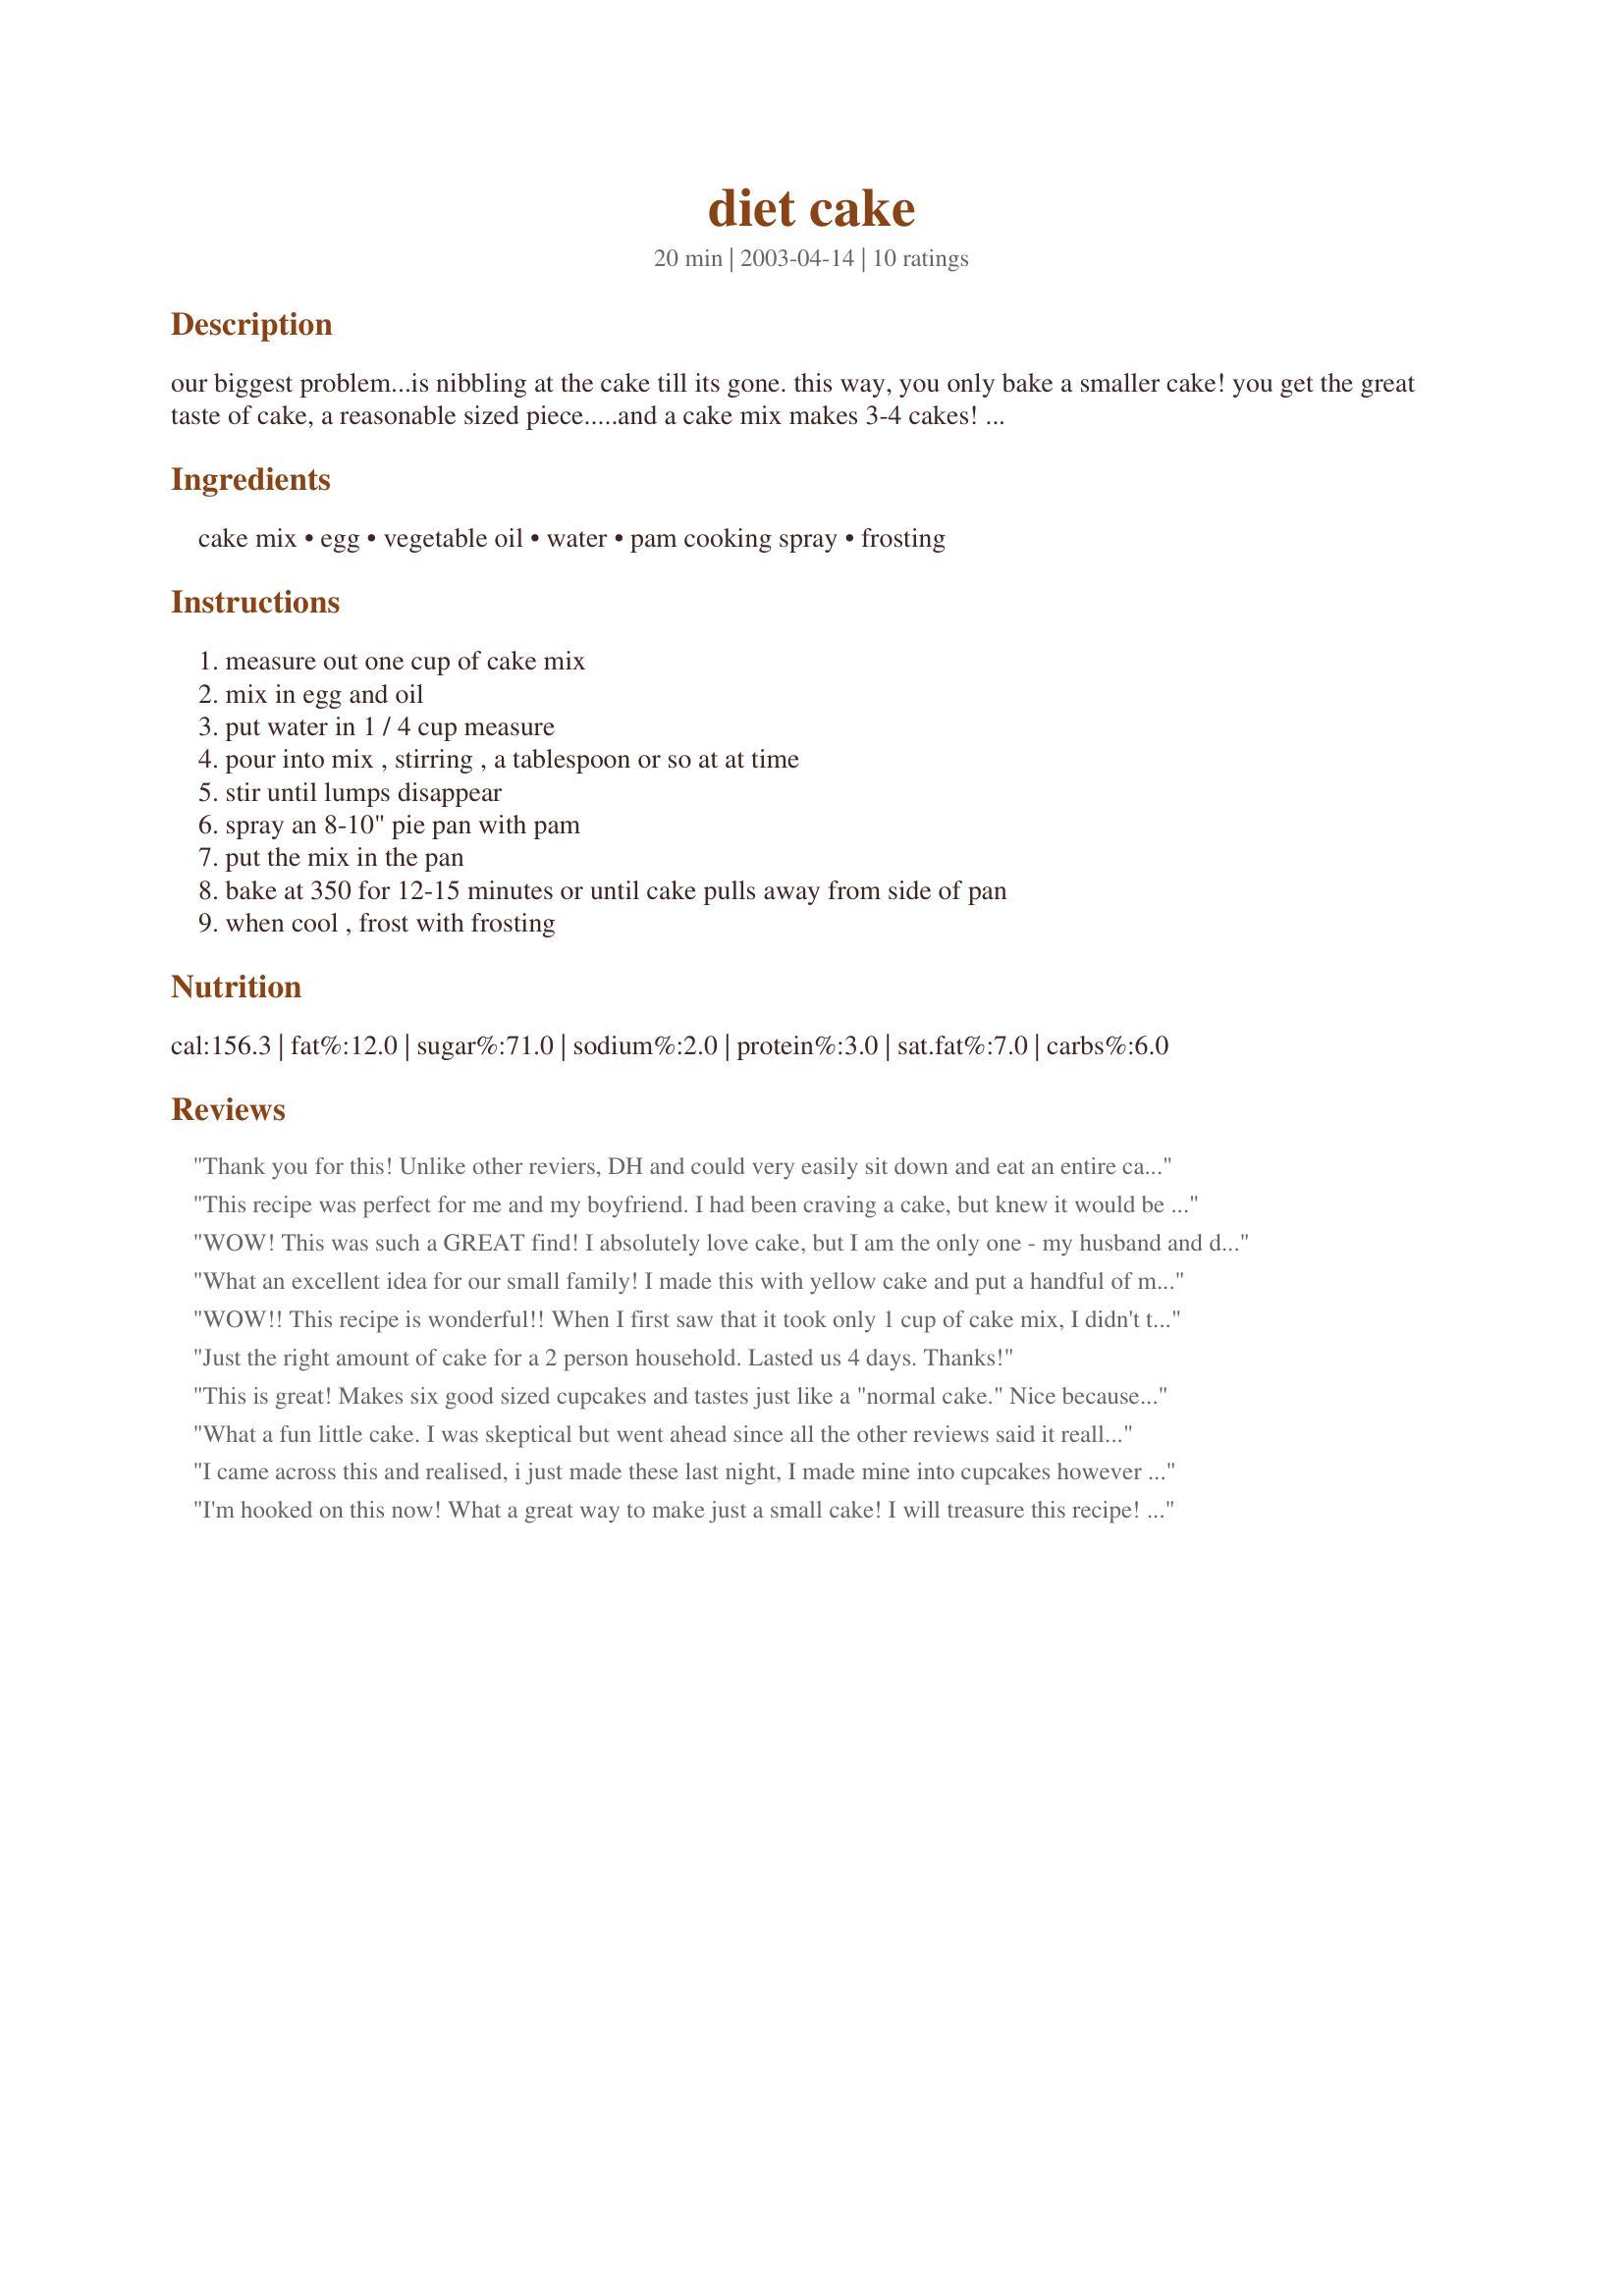
diet cake
Preparation time: 20 minutes

our biggest problem...is nibbling at the cake till its gone. this way, you only bake a smaller cake! you get the great taste of cake, a reasonable sized piece.....and a cake mix makes 3-4 cakes!

a later note: i have added up to a cup of blueberries to this. just be sure to let it cool a bit, it gets eally hot inside the berries!

Ingredients:
cake mix, egg, vegetable oil, water, pam cooking spray, frosting

Steps:
measure out one cup of cake mix, mix in egg and oil, put water in 1 / 4 cup measure, pour into mix , stirring , a tablespoon or so at at time, stir until lumps disappear, spray an 8-10" pie pan with pam, put the mix in the pan, bake at 350 for 12-15 minutes or until cake pulls away from side of pan, when cool , frost with frosting

Reviews:
Thank you for this! Unlike other reviers, DH and could very easily sit down and eat an entire cake in a day or so, so this helps us out tremndously! I ommitted the vegetable oil and used 1/3 cup light vanilla yogurt (for moistness) and used it as a base for 3-points Better Than Sex Cake (# 130796). So yummy, I made a second one following the directions as written and tested it on my brother (very anti-health food- LOL). He scarfed it all up. Definite winner in our house, thanks so much!
This recipe was perfect for me and my boyfriend. I had been craving a cake, but knew it would be a bad idea to fix it (we would gobble it down in a heartbeat). This made just enough for us to savor.
WOW! This was such a GREAT find! I absolutely love cake, but I am the only one - my husband and daughter don't really care for it. So this works out great for me!! And it tasted delicious! Just like it should taste! Thank you thank you for coming up with such a great idea!!!!
UPDATE - I still love this recipe! Use it all the time to make cake without tons of leftovers. You can also make two of different flavors and layer them and still not have too much left over.
What an excellent idea for our small family! I made this with yellow cake and put a handful of mini semi-sweet chocolate chips in. It was delicious just like that! Twelve minutes in the oven was perfect using my Pyrex pie dish.
WOW!! This recipe is wonderful!! When I first saw that it took only 1 cup of cake mix, I didn't think it would be enough, buy it was I did need to add another tablespoon of water to make it the right consistancy. Other than that,
everything else was just the right amount. I like cake but a whole cake is just too much for me. This size is perfect!! Thanks for a great recipe!!
Just the right amount of cake for a 2 person household. Lasted us 4 days. Thanks!
This is great! Makes six good sized cupcakes and tastes just like a "normal cake." Nice because it's just hubby and me- we don't eat an entire two-level cake in a week or so- just not practical. Maybe not low fat but certainly helps keep proportion sizes right- cake mix itself said 12 servings I've already gotten 12 cupcakes out with about another batch or two left.
Will use again and again! Thanks!
What a fun little cake. I was skeptical but went ahead since all the other reviews said it really works. It does make a nice size cake. I used 3 Tbsp water and wasn't sure what was the right consistency. It baked 14 minutes and cools very quickly.
I came across this and realised, i just made these last night, I made mine into cupcakes however and added chocolate chips, it works excedianly well. thumbs up, this is a top recipe and i recomend it to anyone, Miss Pixie x x x
I'm hooked on this now! What a great way to make just a small cake! I will treasure this recipe! Thank you!
